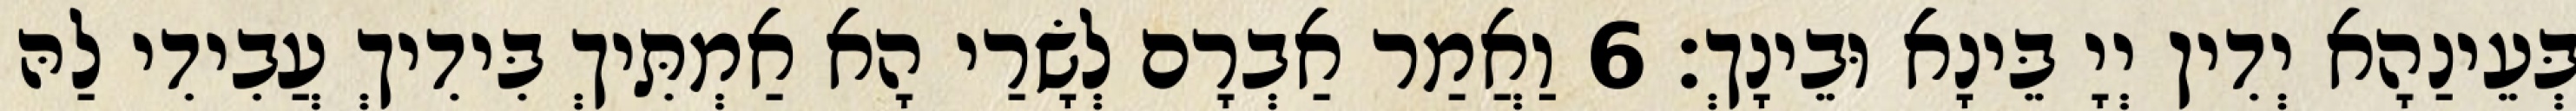
בְּעֵינַהָא יְדִין יְיָ בֵּינָא וּבֵינָךְ׃ 6 וַאֲמַר אַבְרָם לְשָׂרַי הָא אַמְתִּיךְ בִּידִיךְ עֲבִידִי לַהּ